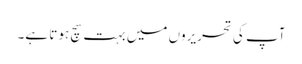
آپ کی تحریروں میں بہت سچ ہوتا ہے۔